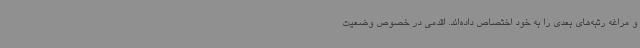
و مراغه رتبه‌های بعدی را به خود اختصاص داده‌اند. اقدمی در خصوص وضعیت